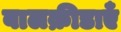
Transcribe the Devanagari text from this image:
बालक्रीडाएँ